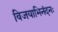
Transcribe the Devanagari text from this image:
विजयाभिनंदनः